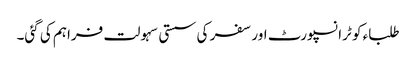
طلباء کو ٹرانسپورٹ اور سفر کی سستی سہولت فراہم کی گئی۔